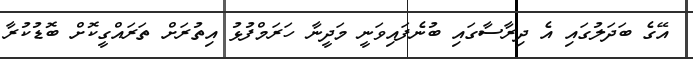
އޭގެ ބަދަލުގައި އެ ދިރާސާގައި ބުނެފައިވަނީ މަދީނާ ހަރަމްފުޅު އިތުރަށް ތަރައްގީކޮށް ބޮޑުކުރާ